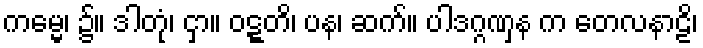
ကမ္မေ၊ ၌။ ဒါတုံ၊ ငှာ။ ဝဋ္ဋတိ၊ ပန၊ ဆက်။ ပါဒဂ္ဂဏှန က တေလနာဠိ၊